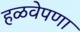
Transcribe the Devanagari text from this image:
हळवेपणा